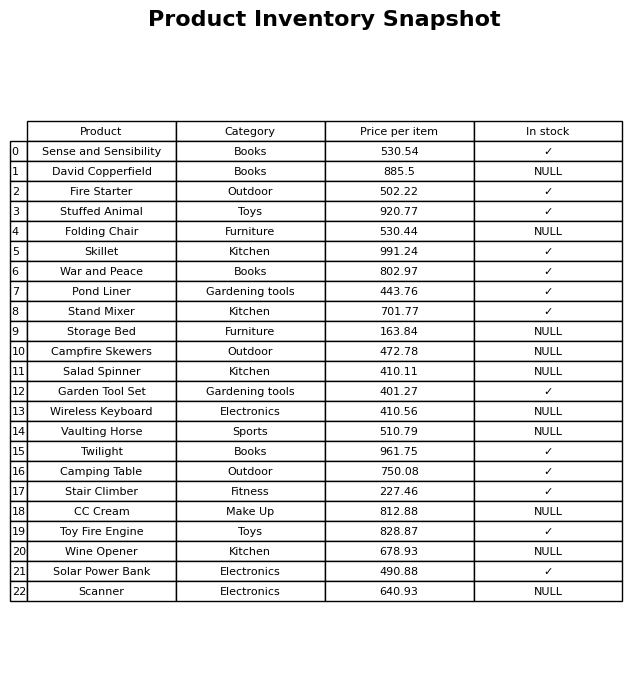
question: What is the price for Stand Mixer?
answer: The price of Stand Mixer is 701.77.